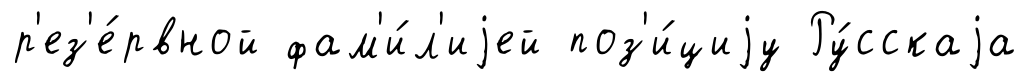
р'ез'е́рвной фам'и́л'иjей поз'и́циjу Ру́сскаjа